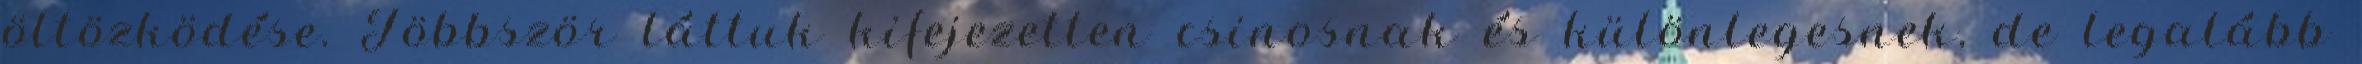
öltözködése. Többször láttuk kifejezetten csinosnak és különlegesnek, de legalább